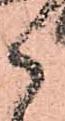
々